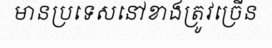
មានប្រទេសនៅខាងត្រូវច្រើន